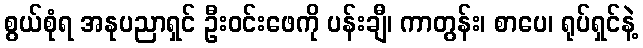
စွယ်စုံရ အနုပညာရှင် ဦးဝင်းဖေကို ပန်းချီ၊ ကာတွန်း၊ စာပေ၊ ရုပ်ရှင်နဲ့